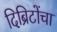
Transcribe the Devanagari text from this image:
दिब्रिटोंचा